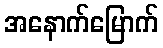
အနောက်မြောက်